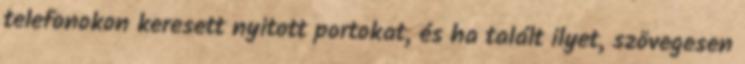
telefonokon keresett nyitott portokat, és ha talált ilyet, szövegesen